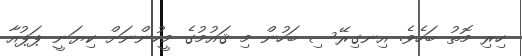
ހިރި މޮތު ބަހެވެ. އިނގިރޭސި ބަހުން މި ޤައުމުގެ މީހުންނަށް ކިޔަނީ ޕަޕުއާ